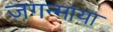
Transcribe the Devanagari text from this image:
जगन्माया